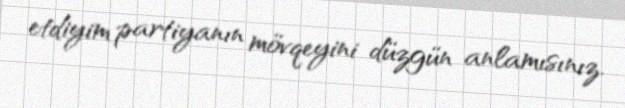
etdiyim partiyanın mövqeyini düzgün anlamısınız.